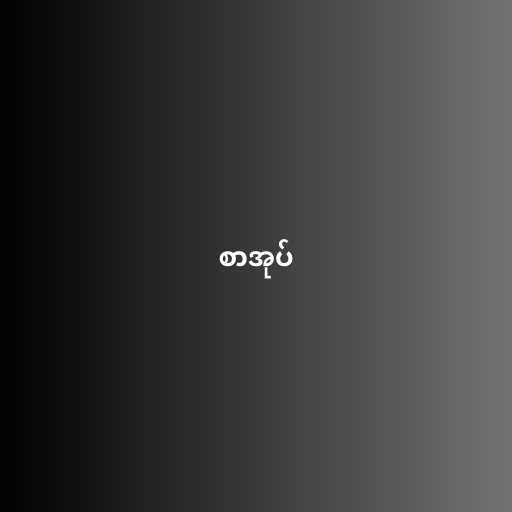
စာအုပ်